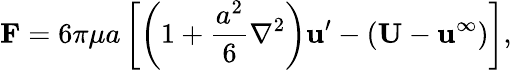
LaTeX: \mathbf{F}=6\pi\mu a\left[\left(1+{\frac{a^{2}}{6}}\nabla^{2}\right)\mathbf{u}^{\prime}-(\mathbf{U}-\mathbf{u}^{\infty})\right],